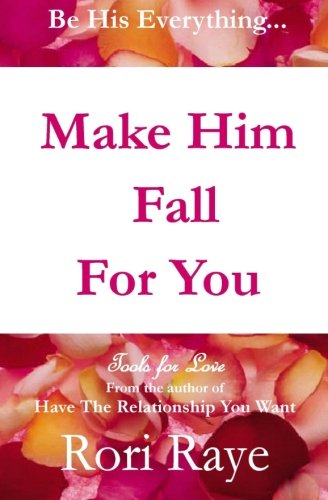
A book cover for Make Him Fall For You: Tools For Love by Rori Raye; Rori Raye; Self-Help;